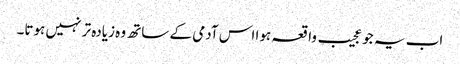
اب یہ جو عجیب واقعہ ہوا اس آدمی کے ساتھ وہ زیادہ تر نہیں ہوتا۔